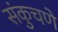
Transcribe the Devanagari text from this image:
संकुचणे